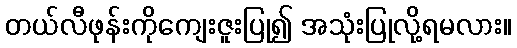
တယ်လီဖုန်းကိုကျေးဇူးပြု၍ အသုံးပြုလို့ရမလား။